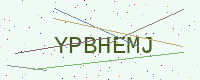
Text: YPBHEMJ